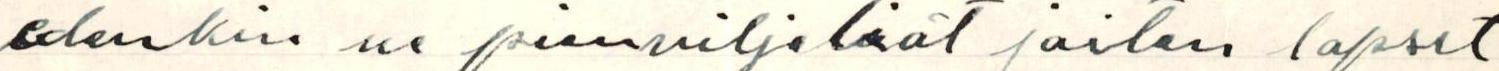
edenkin ne pienviljeliät joiten lapset